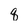
Character: q